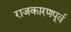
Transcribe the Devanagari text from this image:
राजकारणपूर्व